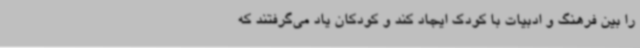
را بین فرهنگ و ادبیات با کودک ایجاد کند و کودکان یاد می‌گرفتند که